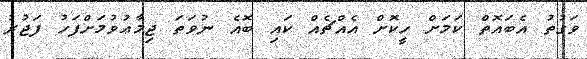
ވަގުތު އެބައޮތް ކަމަށް ހީކޮށް އެއްޗެއް ކައި ބޮއެ ނުވަތަ ޖިމާޢުވުމަށްފަހު ފަޖުރު